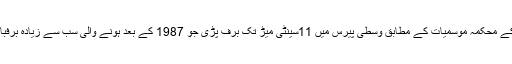
فرانس کے محکمہ موسمیات کے مطابق وسطی پیرس میں 11سینٹی میڑ تک برف پڑی جو 1987 کے بعد ہونے والی سب سے زیادہ برفباری ہے۔